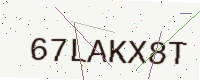
Text: 67LAKX8T